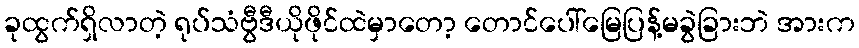
ခုထွက်ရှိလာတဲ့ ရုပ်သံဗွီဒီယိုဖိုင်ထဲမှာတော့ တောင်ပေါ်မြေပြန့်မခွဲခြားဘဲ အားက